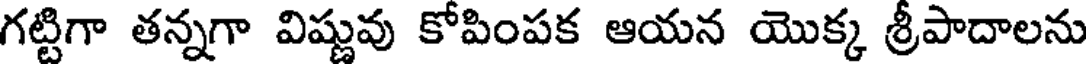
గట్టిగా తన్నగా విష్ణువు కోపింపక ఆయన యొక్క శ్రీపాదాలను